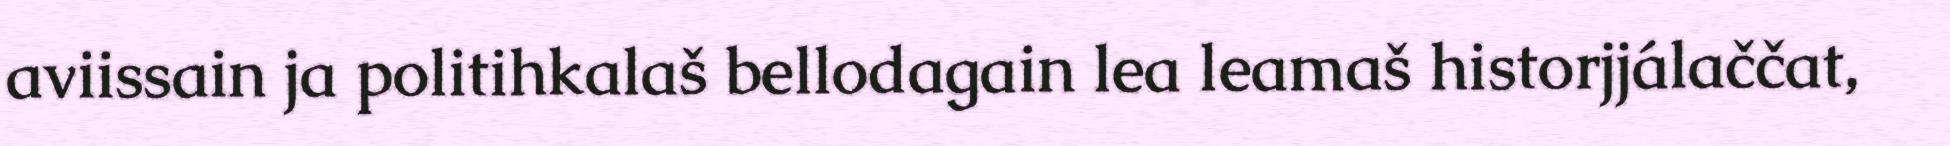
aviissain ja politihkalaš bellodagain lea leamaš historjjálaččat,